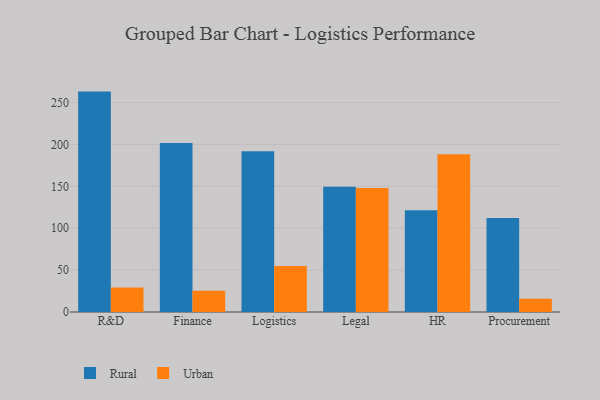
{"axis": {"x": "Department", "y": "LTV (USD)"}, "legend": ["Rural", "Urban"], "data": [{"x": "R&D", "y": 263.1, "type": "Rural"}, {"x": "R&D", "y": 29.3, "type": "Urban"}, {"x": "Finance", "y": 201.6, "type": "Rural"}, {"x": "Finance", "y": 25.3, "type": "Urban"}, {"x": "Logistics", "y": 191.8, "type": "Rural"}, {"x": "Logistics", "y": 54.8, "type": "Urban"}, {"x": "Legal", "y": 149.4, "type": "Rural"}, {"x": "Legal", "y": 148.1, "type": "Urban"}, {"x": "HR", "y": 121.6, "type": "Rural"}, {"x": "HR", "y": 188.2, "type": "Urban"}, {"x": "Procurement", "y": 112.3, "type": "Rural"}, {"x": "Procurement", "y": 15.9, "type": "Urban"}]}